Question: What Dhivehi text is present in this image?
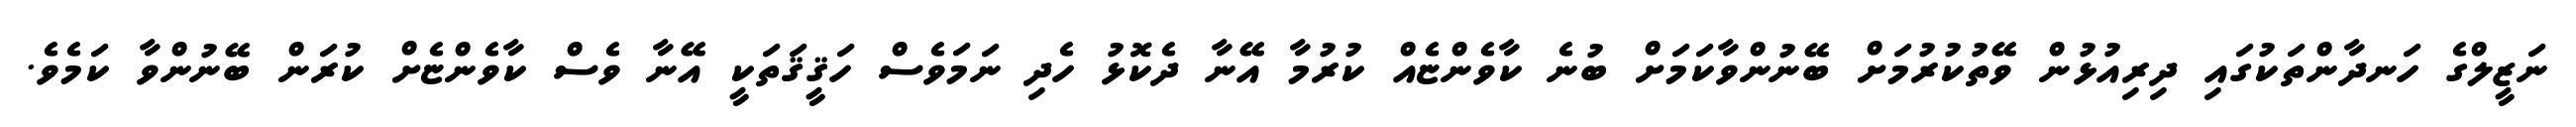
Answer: ނަޒީލްގެ ހަނދާންތަކުގައި ދިރިއުޅުން ވޭތުކުރުމަށް ބޭނުންވާކަމަށް ބުނެ ކާވެންޏެއް ކުރުމާ އޭނާ ދެކޮޅު ހެދި ނަމަވެސް ހަޤީޤަތަކީ އޭނާ ވެސް ކާވެންޏެށް ކުރަން ބޭނުންވާ ކަމެވެ.